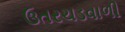
ઉતરચડવાળી